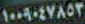
١٠٠٩٠٤٧٨٥٣